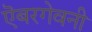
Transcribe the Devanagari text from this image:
ऎबरगेवनी